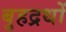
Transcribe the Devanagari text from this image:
बुहद्रथों